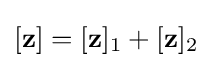
[\mathbf {z} ]=[\mathbf {z} ]_{1}+[\mathbf {z} ]_{2}